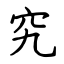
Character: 究